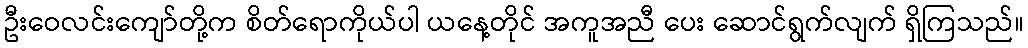
ဦးဝေလင်းကျော်တို့က စိတ်ရောကိုယ်ပါ ယနေ့တိုင် အကူအညီ ပေး ဆောင်ရွက်လျက် ရှိကြသည်။